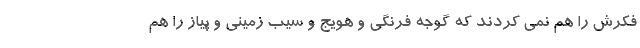
فکرش را هم نمی کردند که گوجه فرنگی و هویج و سیب زمینی و پیاز را هم